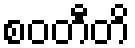
စဝတီတိ